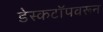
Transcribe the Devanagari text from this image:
डेस्कटॉपवरून